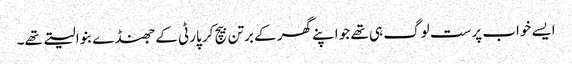
ایسے خواب پرست لوگ ہی تھے جو اپنے گھر کے برتن بیچ کر پارٹی کے جھنڈے بنوا لیتے تھے۔